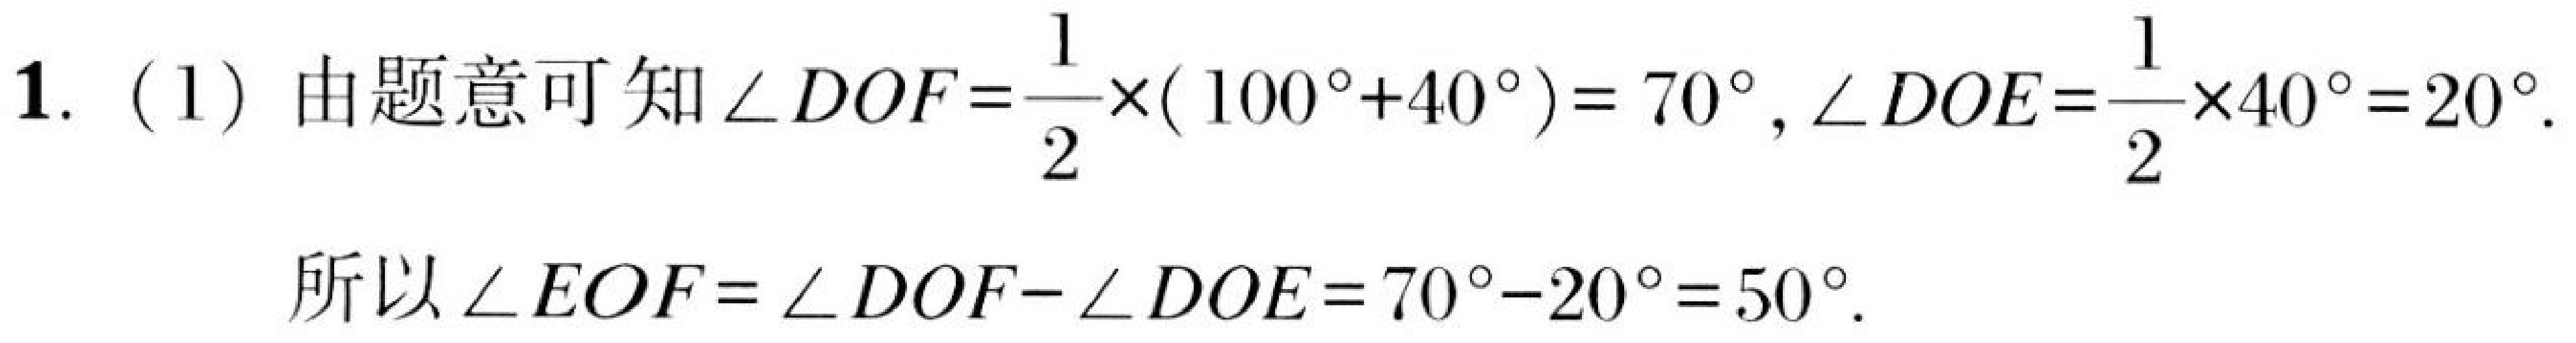
1.（1）由题意可知$\angle DOF=\dfrac{1}{2}\times(100^{\circ}+40^{\circ}) = 70^{\circ},\angle DOE=\dfrac{1}{2}\times40^{\circ}=20^{\circ}.$

所以$\angle EOF=\angle DOF - \angle DOE=70^{\circ}-20^{\circ}=50^{\circ}.$